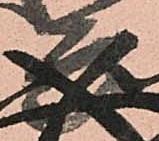
兵